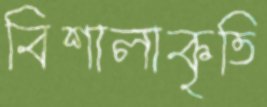
বিশালাকৃতি